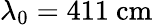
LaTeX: \lambda_{0}=411\ \mathrm{cm}